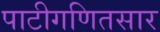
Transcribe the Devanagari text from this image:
पाटीगणितसार